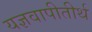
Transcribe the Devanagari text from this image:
यज्ञवापीतीर्थ